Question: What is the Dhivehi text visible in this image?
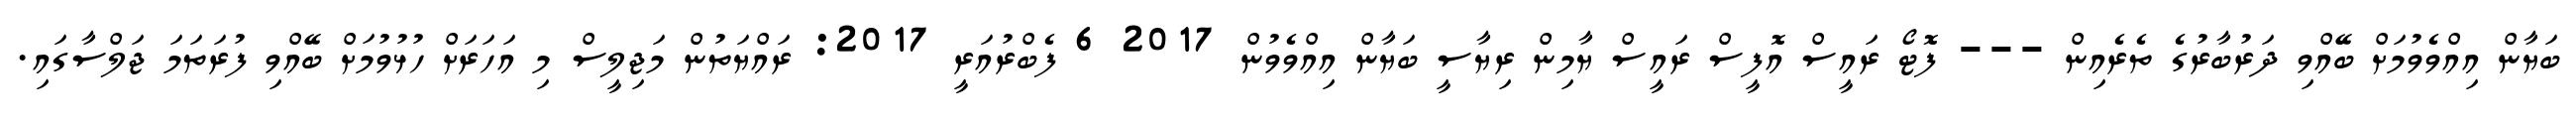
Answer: ބަޔާން އިއްވެވުމަށް ބޭއްވި ދަރުބާރުގެ ތެރެއިން --- ފޮޓޯ ރައީސް އޮފީސް ރައީސް ޔާމިން ރިޔާސީ ބަޔާން އިއްވެވުން 2017 6 ފެބްރުއަރީ 2017: ރައްޔަތުން މަޖިލީސް މި އަހަރަށް ހުޅުވުމަށް ބޭއްވި ފުރަތަމަ ޖަލްސާގައި.